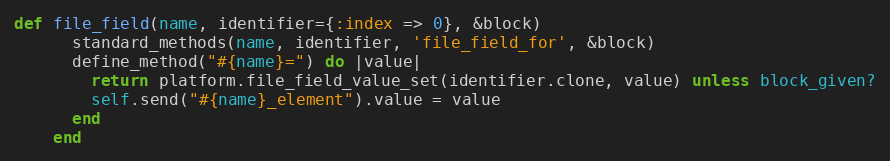
Language: Ruby
def file_field(name, identifier={:index => 0}, &block)
      standard_methods(name, identifier, 'file_field_for', &block)
      define_method("#{name}=") do |value|
        return platform.file_field_value_set(identifier.clone, value) unless block_given?
        self.send("#{name}_element").value = value
      end
    end